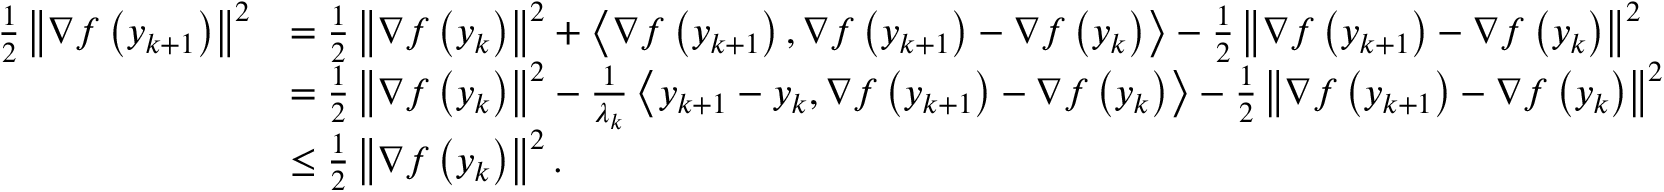
\begin{array} { r l } { \frac { 1 } { 2 } \left\lVert \nabla f \left( y _ { k + 1 } \right) \right\rVert ^ { 2 } } & { = \frac { 1 } { 2 } \left\lVert \nabla f \left( y _ { k } \right) \right\rVert ^ { 2 } + \left\langle \nabla f \left( y _ { k + 1 } \right) , \nabla f \left( y _ { k + 1 } \right) - \nabla f \left( y _ { k } \right) \right\rangle - \frac { 1 } { 2 } \left\lVert \nabla f \left( y _ { k + 1 } \right) - \nabla f \left( y _ { k } \right) \right\rVert ^ { 2 } } \\ & { = \frac { 1 } { 2 } \left\lVert \nabla f \left( y _ { k } \right) \right\rVert ^ { 2 } - \frac { 1 } { \lambda _ { k } } \left\langle y _ { k + 1 } - y _ { k } , \nabla f \left( y _ { k + 1 } \right) - \nabla f \left( y _ { k } \right) \right\rangle - \frac { 1 } { 2 } \left\lVert \nabla f \left( y _ { k + 1 } \right) - \nabla f \left( y _ { k } \right) \right\rVert ^ { 2 } } \\ & { \leq \frac { 1 } { 2 } \left\lVert \nabla f \left( y _ { k } \right) \right\rVert ^ { 2 } . } \end{array}